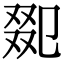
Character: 𠭋